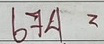
674 =